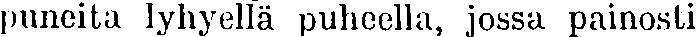
puneita lyhyellä puheella, jossa painosti